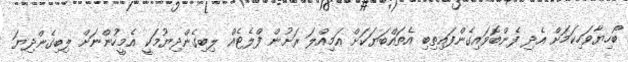
ބޯހިޔާވަހިކަމަށް އެދި ފެންބޮވައިގެންފައިތިބި އެތައްބަޔަކަށް އަމިއްލަ ރަށުން ފްލެޓެއް ލިބިގެންދިޔުމަކީ އެމީހުންނަށް ލިބިގެންދިޔަ